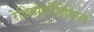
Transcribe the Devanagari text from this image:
रेडियोलीजिकल